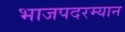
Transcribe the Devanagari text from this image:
भाजपदरम्यान